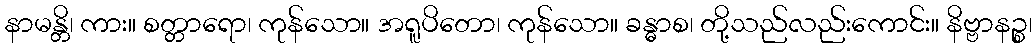
နာမန္တိ၊ ကား။ စတ္တာရော၊ ကုန်သော။ အရူပိတော၊ ကုန်သော။ ခန္ဓာစ၊ တို့သည်လည်းကောင်း။ နိဗ္ဗာနဉ္စ၊